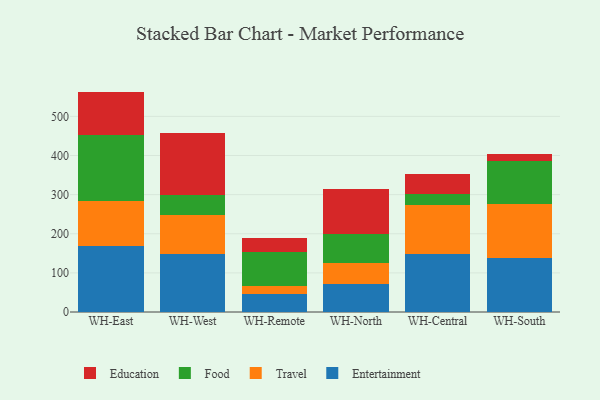
{"axis": {"x": "Warehouse", "y": "Gross Profit (USD K)"}, "legend": ["Education", "Entertainment", "Food", "Travel"], "data": [{"x": "WH-East", "y": 168.2, "type": "Entertainment"}, {"x": "WH-East", "y": 116.4, "type": "Travel"}, {"x": "WH-East", "y": 169.0, "type": "Food"}, {"x": "WH-East", "y": 109.8, "type": "Education"}, {"x": "WH-West", "y": 148.8, "type": "Entertainment"}, {"x": "WH-West", "y": 99.6, "type": "Travel"}, {"x": "WH-West", "y": 49.8, "type": "Food"}, {"x": "WH-West", "y": 159.4, "type": "Education"}, {"x": "WH-Remote", "y": 45.3, "type": "Entertainment"}, {"x": "WH-Remote", "y": 21.6, "type": "Travel"}, {"x": "WH-Remote", "y": 87.1, "type": "Food"}, {"x": "WH-Remote", "y": 34.9, "type": "Education"}, {"x": "WH-North", "y": 70.6, "type": "Entertainment"}, {"x": "WH-North", "y": 55.2, "type": "Travel"}, {"x": "WH-North", "y": 73.4, "type": "Food"}, {"x": "WH-North", "y": 115.1, "type": "Education"}, {"x": "WH-Central", "y": 148.6, "type": "Entertainment"}, {"x": "WH-Central", "y": 125.9, "type": "Travel"}, {"x": "WH-Central", "y": 26.4, "type": "Food"}, {"x": "WH-Central", "y": 52.7, "type": "Education"}, {"x": "WH-South", "y": 137.9, "type": "Entertainment"}, {"x": "WH-South", "y": 138.6, "type": "Travel"}, {"x": "WH-South", "y": 109.7, "type": "Food"}, {"x": "WH-South", "y": 16.5, "type": "Education"}]}